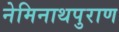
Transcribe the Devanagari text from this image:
नेमिनाथपुराण